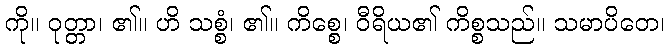
ကို။ ဝုတ္တာ၊ ၏။ ဟိ သစ္စံ၊ ၏။ ကိစ္စေ၊ ဝီရိယ၏ ကိစ္စသည်။ သမာပိတေ၊